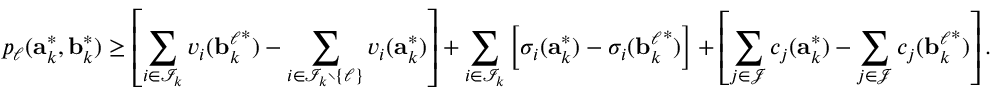
p _ { \ell } ( \mathbf { a } _ { k } ^ { * } , \mathbf { b } _ { k } ^ { * } ) \geq \left[ \sum _ { i \in \mathcal { I } _ { k } } v _ { i } ( { \mathbf { b } _ { k } ^ { \ell } } ^ { * } ) - \sum _ { i \in \mathcal { I } _ { k } \setminus \{ \ell \} } v _ { i } ( \mathbf { a } _ { k } ^ { * } ) \right] + \sum _ { i \in \mathcal { I } _ { k } } \left[ \sigma _ { i } ( \mathbf { a } _ { k } ^ { * } ) - \sigma _ { i } ( { \mathbf { b } _ { k } ^ { \ell } } ^ { * } ) \right] + \left[ \sum _ { j \in \mathcal { J } } c _ { j } ( \mathbf { a } _ { k } ^ { * } ) - \sum _ { j \in \mathcal { J } } c _ { j } ( { \mathbf { b } _ { k } ^ { \ell } } ^ { * } ) \right] .